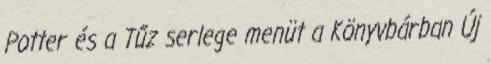
Potter és a Tűz serlege menüt a Könyvbárban Új